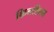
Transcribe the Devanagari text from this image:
किनशिला